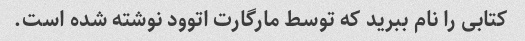
کتابی را نام ببرید که توسط مارگارت اتوود نوشته شده است.